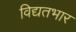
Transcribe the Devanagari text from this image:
विद्यतभार